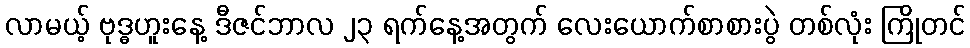
လာမယ့် ဗုဒ္ဓဟူးနေ့ ဒီဇင်ဘာလ ၂၃ ရက်နေ့အတွက် လေးယောက်စာစားပွဲ တစ်လုံး ကြိုတင်